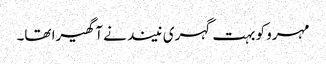
مہرو کو بہت گہری نیند نے آ گھیرا تھا۔